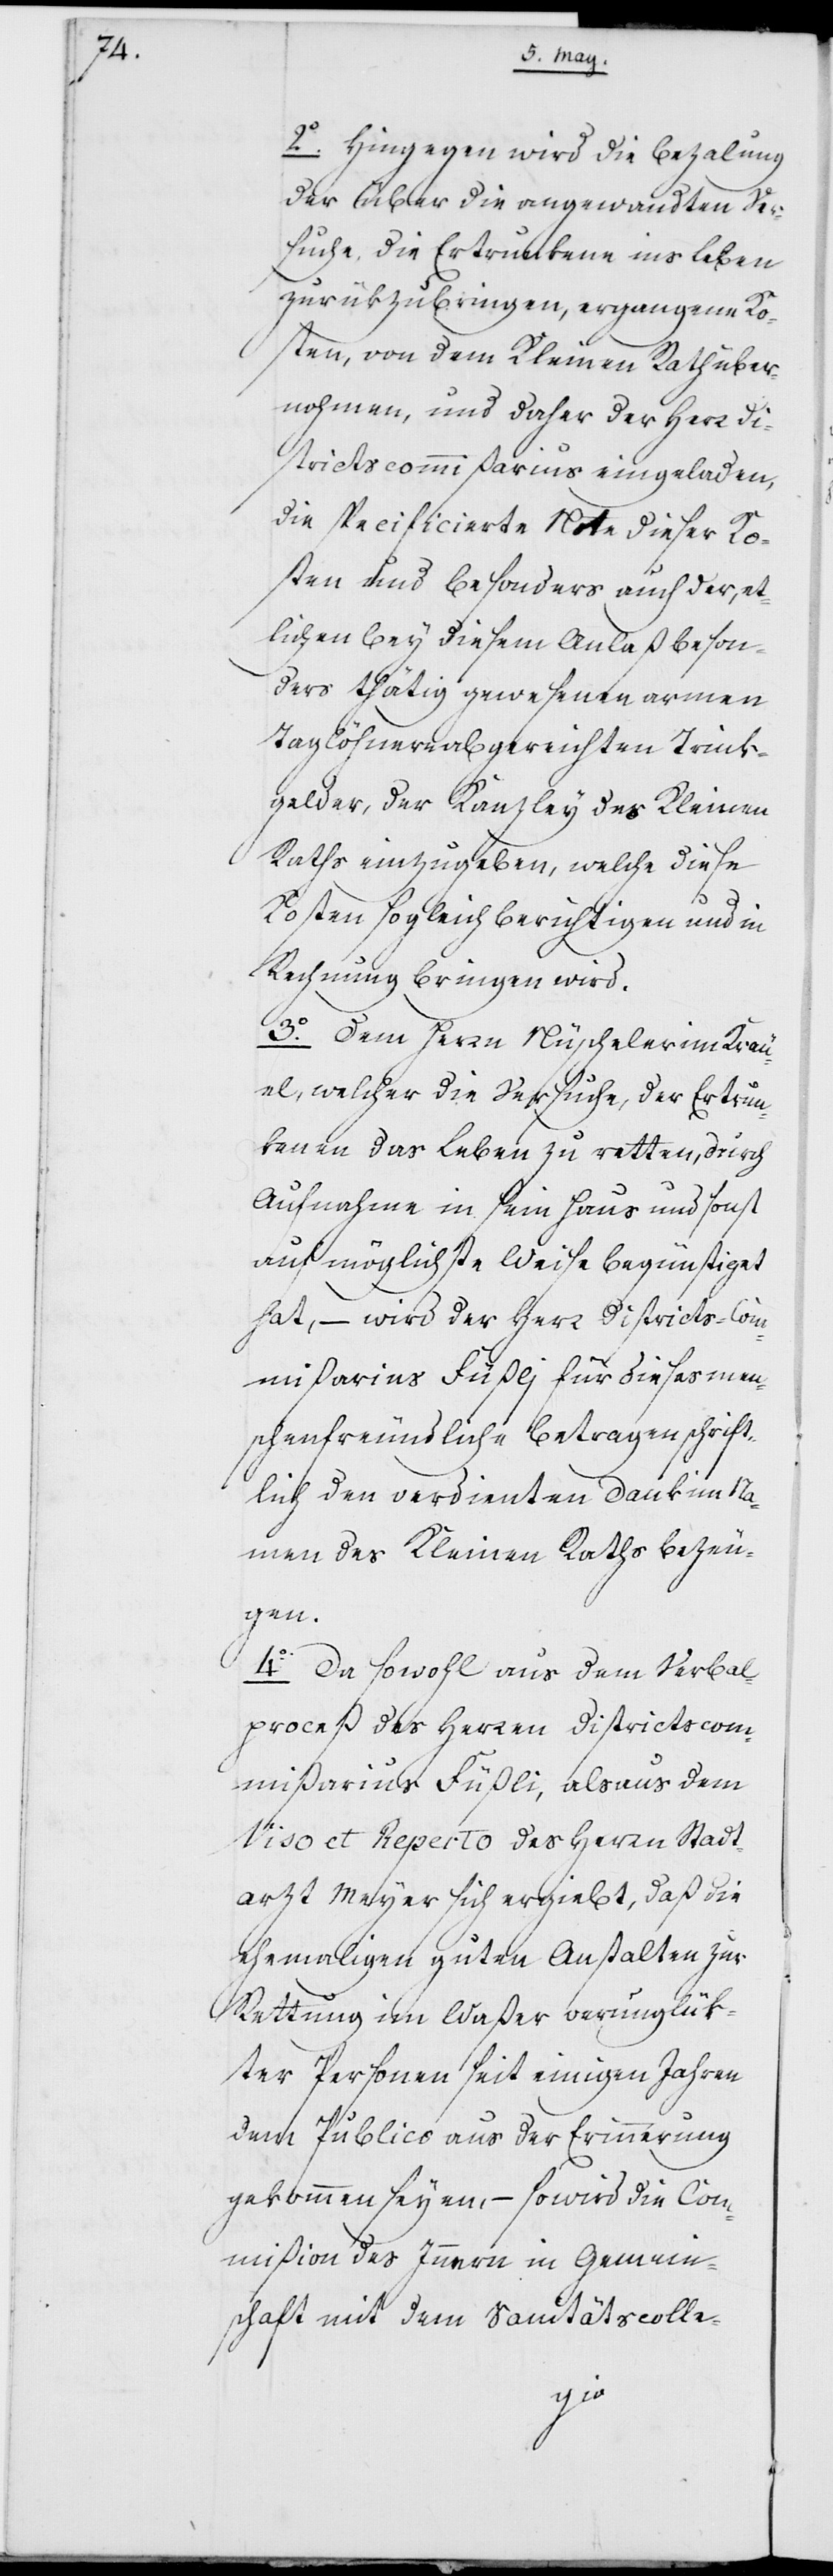
2. Hingegen wird die Bezalung
der über die angewandten Ver¬
suche, die Ertrunkene ins Leben
zurükzubringen, ergangene[n]
Kosten, von dem Kleinen Rath über¬
nohmen, und daher der Herr Di¬
strictscommißarius eingeladen,
die specificierte Note dieser Ko¬
sten und besonders auch der, et¬
lichen bey diesem Anlaß beson¬
ders thätig gewesenen armen
Taglöhnern abgereichten Trink¬
gelder, der Kanzley des Kleinen
Raths einzugeben, welche diese
Kosten sogleich berichtigen und in
Rechnung bringen wird.
3. Dem Herrn Nüscheler im Kräu¬
el, welcher die Versuche, der Ertrun¬
kenen das Leben zu retten, durch
Aufnahme in sein Haus und sonst
auf möglichste Weise begünstiget
hat, – wird der Herr Districts-Com¬
mißarius Füßlj für dieses men¬
schenfreundliche Betragen schrift¬
lich den verdienten Dank im Na¬
men des Kleinen Raths bezeu¬
gen.
4. Da sowohl aus dem Verbal¬
proceß der Herren Districts-Com¬
mißarius Füßli, als aus dem
Viso et Reperto des Herrn Stadt¬
arzt Meyer sich ergiebt, daß die
ehemaligen guten Anstalten zur
Rettung im Waßer verunglük¬
ter Personen seit einigen Jahren
dem Publico aus der Erinnerung
gekommen seyen, – so wird die Com¬
mißion des Innern in Gemein¬
schaft mit dem Sanitätscolle-